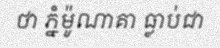
ថា ភ្នំម៉ូណាគា ធ្លាប់ជា